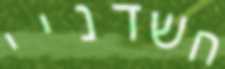
חשדניי